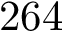
2 6 4